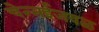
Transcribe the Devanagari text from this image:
चेन्‍नईजवळ